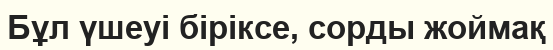
Бұл үшеуі біріксе, сорды жоймақ